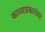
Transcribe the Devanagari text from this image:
काव्यप्रकारांवर